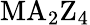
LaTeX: \mathrm{MA_{2}Z_{4}}